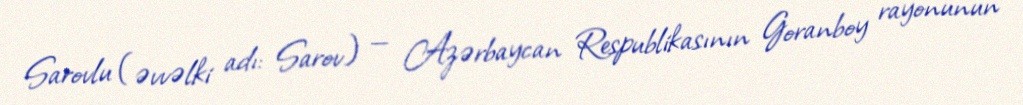
Sarovlu (əvvəlki adı: Sarov) — Azərbaycan Respublikasının Goranboy rayonunun